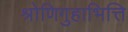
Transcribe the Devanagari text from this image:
श्रोणिगुहाभित्ति